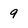
Character: 9